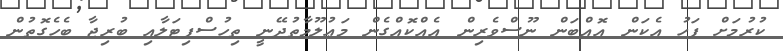
ކުރުމަށް ފަހު އެކަން އޮއްބަން ނޫސްވެރިން އެއްކޮއްގެން މަޢުލޫމާތުދޭނީ ތިހުސްޕިޓަލާއި ބުރިޖާ ބެހެގޮތުން